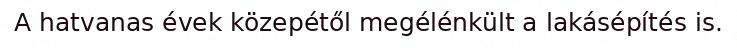
A hatvanas évek közepétől megélénkült a lakásépítés is.